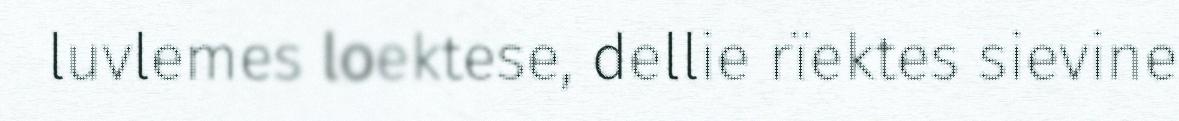
luvlemes loektese, dellie rïektes sievine